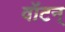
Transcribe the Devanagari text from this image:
वॉटन्